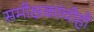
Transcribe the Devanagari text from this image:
समीक्षकांचीही